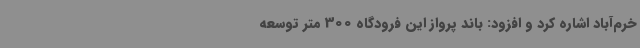
خرم‌آباد اشاره کرد و افزود: باند پرواز این فرودگاه 300 متر توسعه